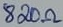
Text: 220Ω